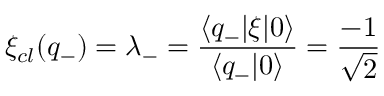
\xi _ { c l } ( q _ { - } ) = \lambda _ { - } = \frac { \langle q _ { - } | \xi | 0 \rangle } { \langle q _ { - } | 0 \rangle } = \frac { - 1 } { \sqrt { 2 } }